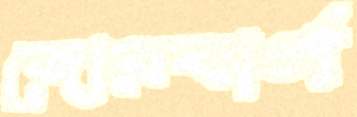
জোরবার্গ